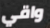
واقي